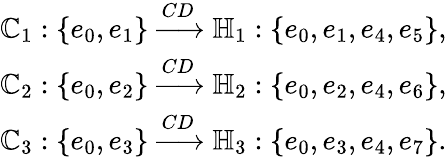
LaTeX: \begin{array}{r}{\mathbb{C}_{1}:\{ e_{0},e_{1}\} \xrightarrow{CD}\mathbb{H}_{1}:\{ e_{0},e_{1},e_{4},e_{5}\} ,}\\ {\mathbb{C}_{2}:\{ e_{0},e_{2}\} \xrightarrow{CD}\mathbb{H}_{2}:\{ e_{0},e_{2},e_{4},e_{6}\} ,}\\ {\mathbb{C}_{3}:\{ e_{0},e_{3}\} \xrightarrow{CD}\mathbb{H}_{3}:\{ e_{0},e_{3},e_{4},e_{7}\} .}\end{array}